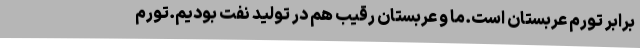
برابر تورم عربستان است.ما و عربستان رقیب هم در تولید نفت بودیم.تورم